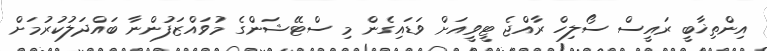
އިންތިޚާބީ ރައީސް ސޯލިހް ރާއްޖެ ޓީވީއަށް ވަޑައިގެން މި ސްޓޭޝަންގެ މުވައްޒަފުންނާ ބައްދަލުކުރުމަށް